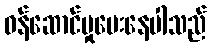
ဝန်ဆောင်မှုပေးနေပါသည်